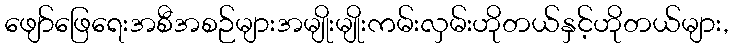
ဖျော်ဖြေရေးအစီအစဉ်များအမျိုးမျိုးကမ်းလှမ်းဟိုတယ်နှင့်ဟိုတယ်များ,